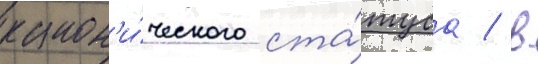
канон'и́ческого ста́туса / в